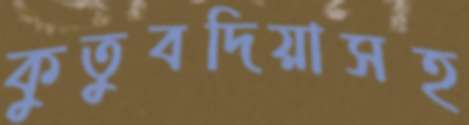
কুতুবদিয়াসহ